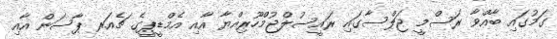
ގަމުގައި ބާއްވާ ރަސްމީ ޖަލްސާގައި ރައީސުލްޖުމްހޫރިއްޔާ އާއި އެމްޑީޕީގެ ޗެއަރ ޕާސަން އާއި